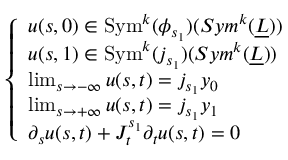
\left\{ \begin{array} { l l } { u ( s , 0 ) \in \mathrm { S y m } ^ { k } ( \phi _ { s _ { 1 } } ) ( S y m ^ { k } ( \underline { { L } } ) ) } \\ { u ( s , 1 ) \in \mathrm { S y m } ^ { k } ( j _ { s _ { 1 } } ) ( S y m ^ { k } ( \underline { { L } } ) ) } \\ { \operatorname* { l i m } _ { s \to - \infty } u ( s , t ) = j _ { s _ { 1 } } y _ { 0 } } \\ { \operatorname* { l i m } _ { s \to + \infty } u ( s , t ) = j _ { s _ { 1 } } y _ { 1 } } \\ { \partial _ { s } u ( s , t ) + J _ { t } ^ { s _ { 1 } } \partial _ { t } u ( s , t ) = 0 } \end{array} \right.